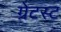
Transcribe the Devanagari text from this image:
ग्रेटस्ट